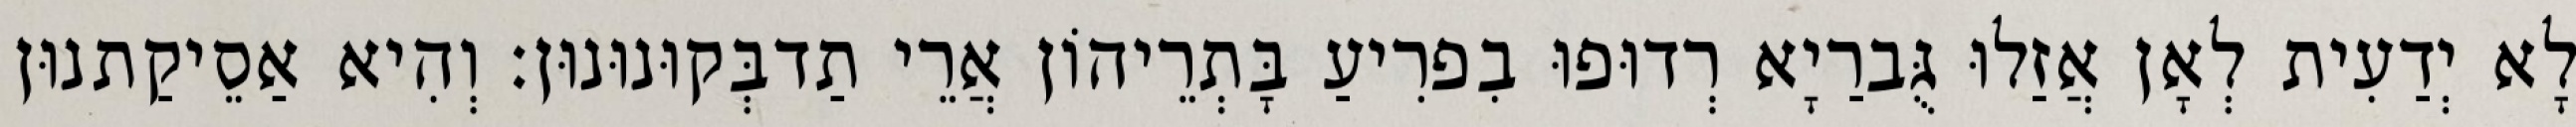
לָא יְדַעִית לְאָן אֲזַלוּ גֻּברַיָא רְדוּפוּ בִפרִיעַ בָּתְרֵיהוֹן אֲרֵי תַדבְּקוּנוּנוּן׃ וְהִיא אַסֵיקַתנוּן